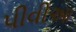
પીવીઆ